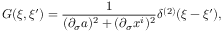
G ( \xi , \xi ^ { \prime } ) = { \frac { 1 } { ( \partial _ { \sigma } a ) ^ { 2 } + ( \partial _ { \sigma } x ^ { i } ) ^ { 2 } } } \delta ^ { ( 2 ) } ( \xi - \xi ^ { \prime } ) ,